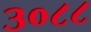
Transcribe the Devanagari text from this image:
३०८८